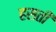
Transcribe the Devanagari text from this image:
हसती